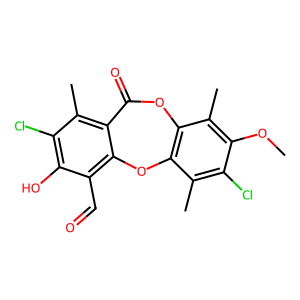
SMILES: COc1c(C)c2c(c(C)c1Cl)Oc1c(C=O)c(O)c(Cl)c(C)c1C(=O)O2
Inhibits HIV replication: No